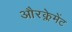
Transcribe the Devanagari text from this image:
औरक्लेमेंट